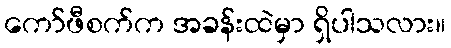
ကော်ဖီစက်က အခန်းထဲမှာ ရှိပါသလား။